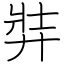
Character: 弉